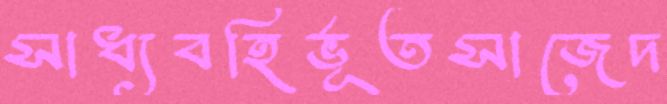
সাধ্যবহির্ভূতসাজেদ